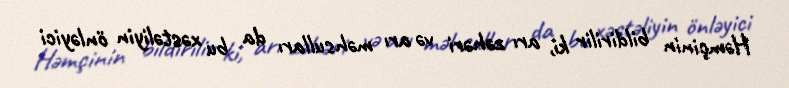
Həmçinin bildirilir ki, arı zəhəri və arı məhsulları da bu xəstəliyin önləyici